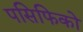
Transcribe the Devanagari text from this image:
पसिफिको